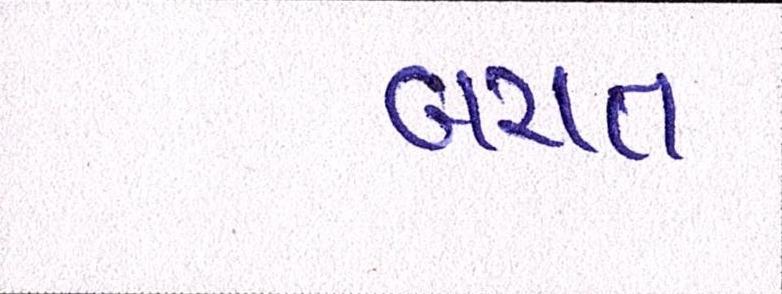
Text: બચત